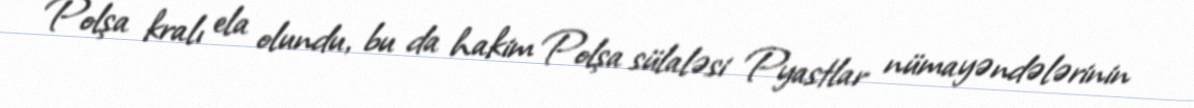
Polşa kralı ela olundu, bu da hakim Polşa sülaləsi Pyastlar nümayəndələrinin